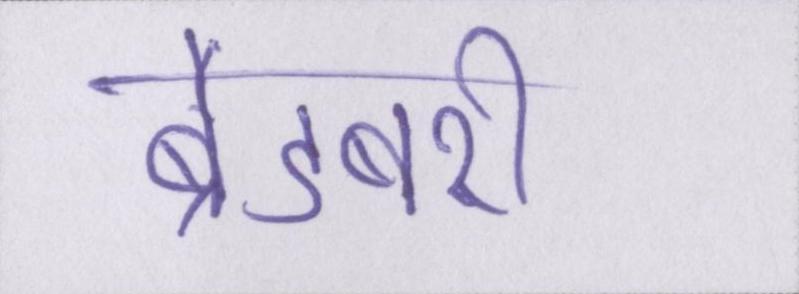
ब्रैडबरी